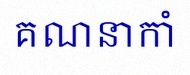
គណនាកាំ